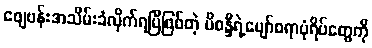
စျေဗန်းအသိမ်းခံလိုက်ရပြီဖြစ်တဲ့ မိစန္ဒီရဲ့ပျော်စရာပုံရိပ်တွေကို